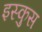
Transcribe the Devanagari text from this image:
इस्कुस